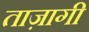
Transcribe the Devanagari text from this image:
ताज़ागी